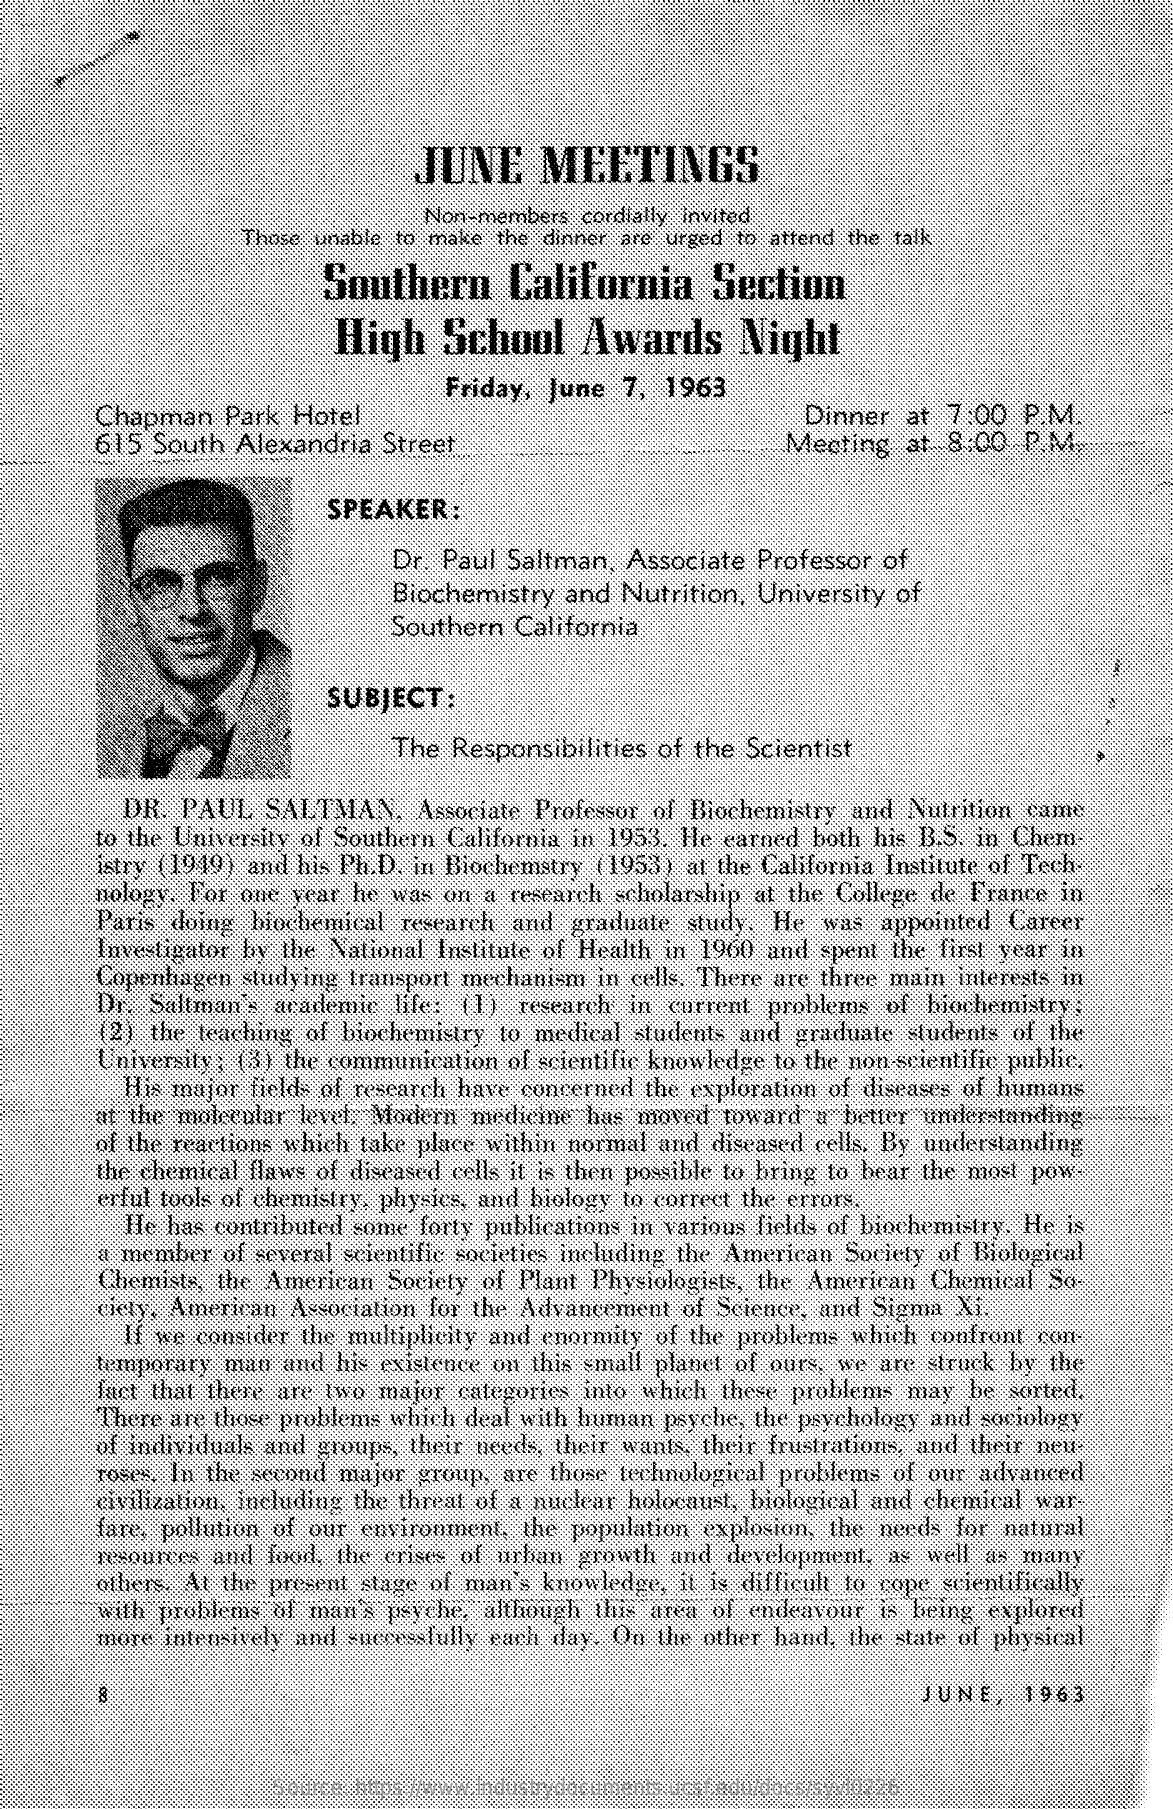
JUNE    MEETINGS
     Non-members cordially invited
     Those unable to make the dinner are urged to attend the talk
     Southern    California    Section
     High    School    Awards    Night
     Chapman  Park  Hotel
     Friday, June 7, 1963
     615  South Alexandria  Street
     Dinner  at 7:00  P.M.
     Mecting  at 8:00  P.M.
     SPEAKER:
     Dr. Paul Saltman, Associate Professor of
     Biochemistry  and Nutrition, University of
     Southern  California
     SUBJECT   :
     The Responsibilities of the Scientist
     DR. PAUL  SALTMAN,    Associate Professor of Biochemistry and Nutrition came
     to the University of Southern California in 1953. He earned both his B.S. in Chem
     istry (1949) and his Ph. D. in Biochemstry ( 1953) at the California Institute of Tech-
     nology, For one year he was on a research scholarship at the College de France in
     Paris doing biochemical research and graduate study. He was appointed Career
     Investigator by the National Institute of Health in 1960 and spent the first year in
     Copenhagen studying transport mechanism in cells. There are three main interests in
     Dr. Saltman's academic life: ( I) research in current problems of biochemistry.
     2) the teaching of biochemistry to medical students and graduate students of the
     University , (3) the communication of scientific knowledge to the non scientific public.
     His mujor fields of research have concerned the exploration of diseases of humans
     at the molecular level, Modern medieme hus moved toward a better understanding
     of the reactions which take place within normal and diseased cells, By understanding
     the chemical flaws of diseased cells it is then possible to bring to bear the most pow
     rful tools of chemistry, physics, and biology to correct the errors.
     He has contributed some forty publications in various fields of biochemistry. He is
     a member of several scientific societies including the American Society of Biological
     Chemists, the American Society of Plant Physiologists, the American Chemical So-
     Gely, American Association for the Advancement of Science, and Sigma Mi
     If we consider the multiplicity and enormity of the problems which confront con-
     temporary man and his existence on this small planet of ours, we are struck by the
     Juct that there are two major categories into which these problems may be sorted,
     There are those problems which deal with human psyche, the psychology and sociology
     of individuals and groups, their needs, their wants, their frustrations, and their neu-
     roser. In the second major group, are those technological problems of our advanced
     civilization, including the threat of a nuclear holocaust, biological and chemical war
     fare, pollution of our environment, the population explosion, the need- for natural
     resources and food, the crises of urban growth and development, as well as many
     others, At the present stage of man's knowledge, it is difficult to cope scientifically
     with problems of man's peyche, although this area of endeavour is being explored
     more intrisich and successfully rach day. On the other hand, the state of physical
     JUNE,   1963
     Source: https://www.industrydocuments.ucsf.edu/docs/syvl0226